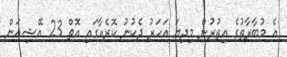
އެ މުބާރާތުގެ އިތުރުން މިދިޔަ އަހަރު ދެކުނު ކޮރެއާގައި އޮތް 23 އޭޝިއަން